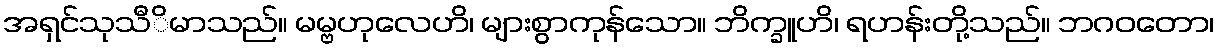
အရှင်သုသီိမာသည်။ မမ္ဗဟုလေဟိ၊ များစွာကုန်သော။ ဘိက္ခူဟိ၊ ရဟန်းတို့သည်။ ဘဂဝတော၊